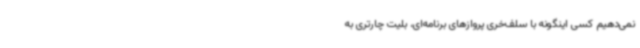
نمی‌دهیم کسی اینگونه با سلف‌خری پروازهای برنامه‌ای، بلیت چارتری به